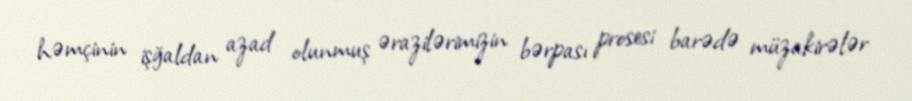
həmçinin işğaldan azad olunmuş ərazilərimizin bərpası prosesi barədə müzakirələr